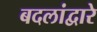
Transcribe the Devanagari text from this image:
बदलांद्वारे